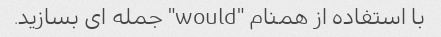
با استفاده از همنام "would" جمله ای بسازید.